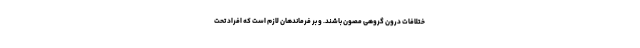
ختلافات درون گروهی مصون باشند. و بر فرماندهان لازم است که افراد تحت